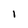
Character: i